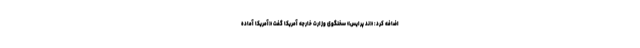
اضافه کرد: «ند پرایس» سخنگوی وزارت خارجه آمریکا گفت «آمریکا آماده